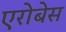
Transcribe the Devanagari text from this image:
एरोबेस